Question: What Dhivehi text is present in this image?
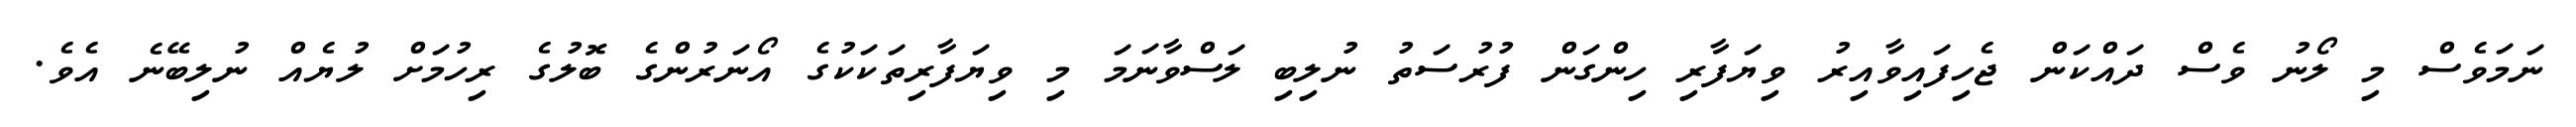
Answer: ނަމަވެސް މި ލޯނު ވެސް ދައްކަން ޖެހިފައިވާއިރު ވިޔަފާރި ހިންގަން ފުރުސަތު ނުލިބި ލަސްވާނަމަ މި ވިޔަފާރިތަކަކުގެ އޯނަރުންގެ ބޮލުގެ ރިހުމަށް ލުޔެއް ނުލިބޭނެ އެވެ.